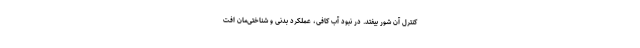
کنترل آن شور بیفتد. در نبود آب کافی، عملکرد بدنی و شناختی‌مان افت